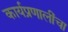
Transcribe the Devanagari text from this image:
कार्यप्रणालींचा